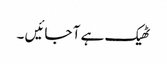
ٹھیک ہے آ جائیں ۔